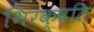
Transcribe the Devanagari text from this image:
भिरक्षति